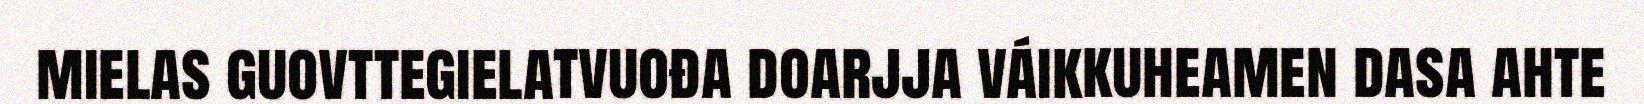
mielas guovttegielatvuođa doarjja váikkuheamen dasa ahte